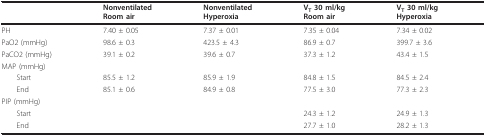
<table><thead><tr><td></td><td><b>NonventilatedRoom air</b></td><td><b>NonventilatedHyperoxia</b></td><td><b>V<sub>T </sub>30 ml/kgRoom air</b></td><td><b>V<sub>T </sub>30 ml/kgHyperoxia</b></td></tr></thead><tbody><tr><td>PH</td><td>7.40 ± 0.05</td><td>7.37 ± 0.01</td><td>7.35 ± 0.04</td><td>7.34 ± 0.02</td></tr><tr><td>PaO2 (mmHg)</td><td>98.6 ± 0.3</td><td>423.5 ± 4.3</td><td>86.9 ± 0.7</td><td>399.7 ± 3.6</td></tr><tr><td>PaCO2 (mmHg)</td><td>39.1 ± 0.2</td><td>39.6 ± 0.7</td><td>37.3 ± 1.2</td><td>43.4 ± 1.5</td></tr><tr><td>MAP (mmHg)</td><td></td><td></td><td></td><td></td></tr><tr><td> Start</td><td>85.5 ± 1.2</td><td>85.9 ± 1.9</td><td>84.8 ± 1.5</td><td>84.5 ± 2.4</td></tr><tr><td> End</td><td>85.1 ± 0.6</td><td>84.9 ± 0.8</td><td>77.5 ± 3.0</td><td>77.3 ± 2.3</td></tr><tr><td>PIP (mmHg)</td><td></td><td></td><td></td><td></td></tr><tr><td> Start</td><td></td><td></td><td>24.3 ± 1.2</td><td>24.9 ± 1.3</td></tr><tr><td> End</td><td></td><td></td><td>27.7 ± 1.0</td><td>28.2 ± 1.3</td></tr></tbody></table>